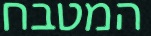
המטבח